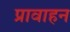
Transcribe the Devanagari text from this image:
प्रावाहन